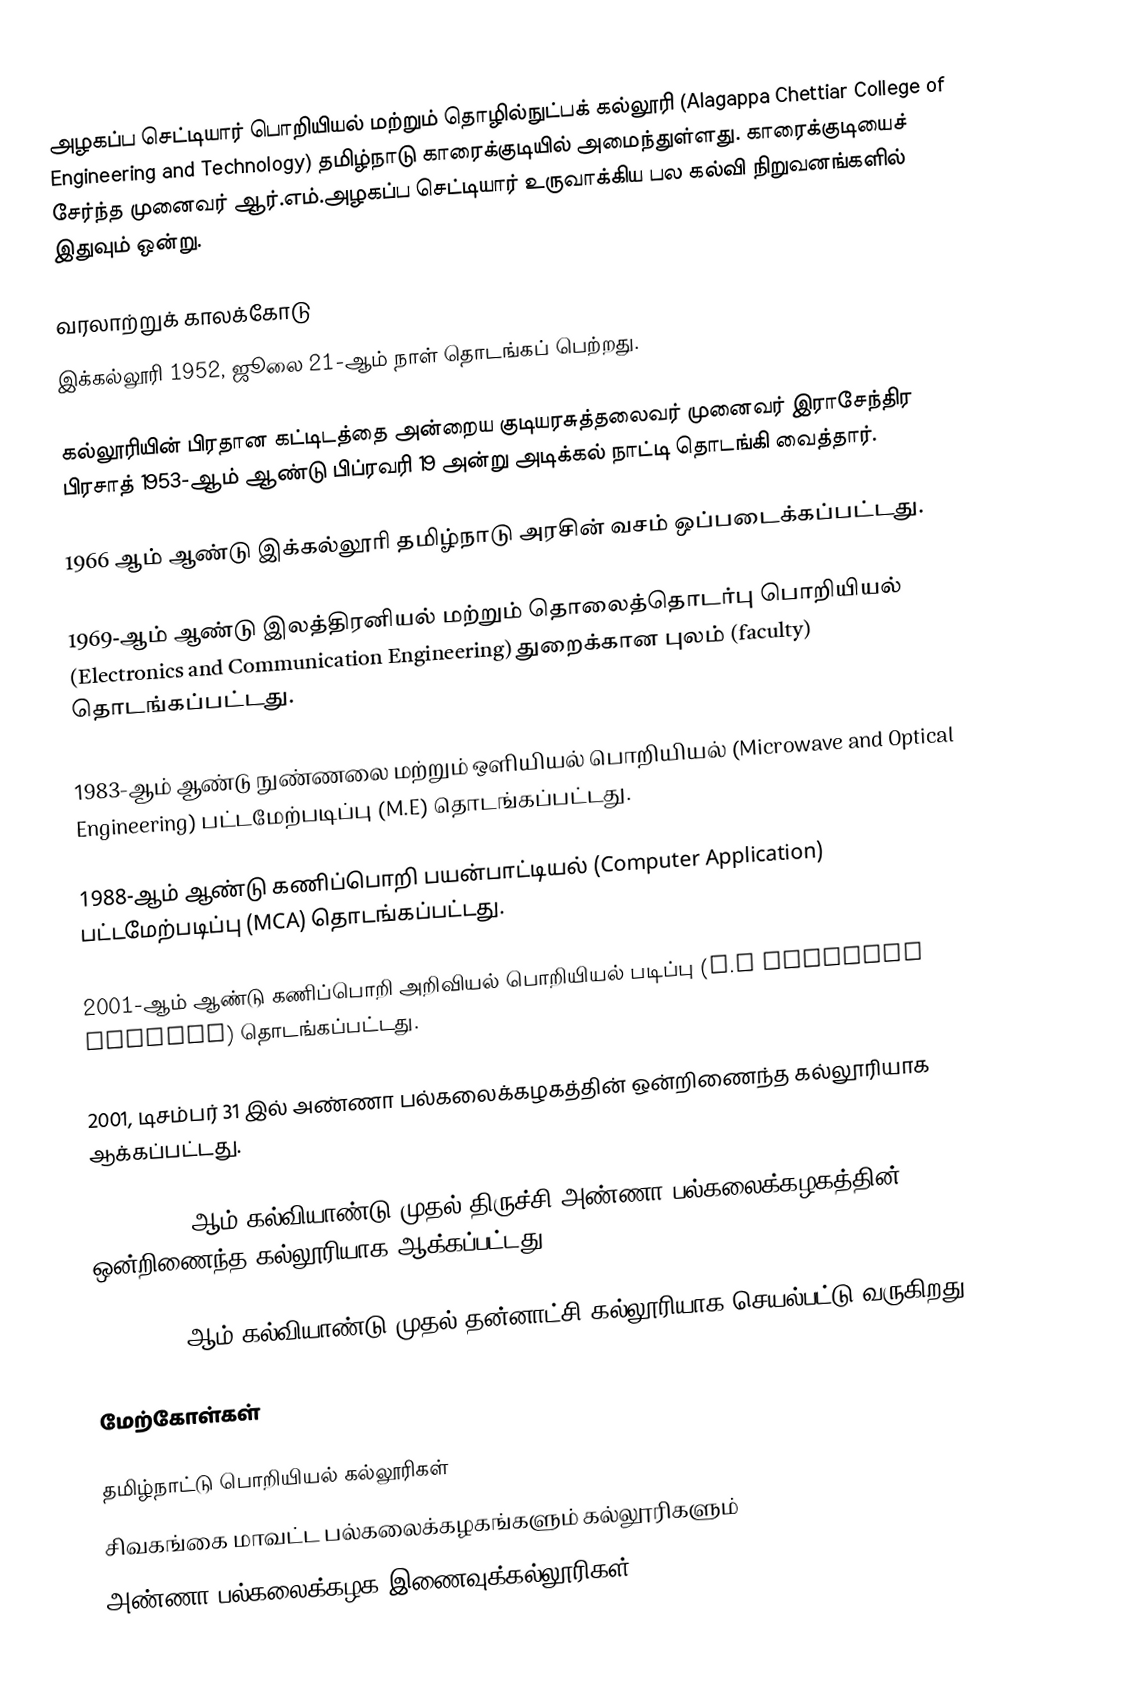
அழகப்ப செட்டியார் பொறியியல் மற்றும் தொழில்நுட்பக் கல்லூரி (Alagappa Chettiar College of Engineering and Technology) தமிழ்நாடு காரைக்குடியில் அமைந்துள்ளது. காரைக்குடியைச் சேர்ந்த முனைவர் ஆர்.எம்.அழகப்ப செட்டியார் உருவாக்கிய பல கல்வி நிறுவனங்களில் இதுவும் ஒன்று.

வரலாற்றுக் காலக்கோடு
இக்கல்லூரி 1952, ஜூலை 21-ஆம் நாள் தொடங்கப் பெற்றது.

கல்லூரியின் பிரதான கட்டிடத்தை அன்றைய குடியரசுத்தலைவர் முனைவர் இராசேந்திர பிரசாத் 1953-ஆம் ஆண்டு பிப்ரவரி 19 அன்று அடிக்கல் நாட்டி தொடங்கி வைத்தார்.

1966 ஆம் ஆண்டு இக்கல்லூரி தமிழ்நாடு அரசின் வசம் ஒப்படைக்கப்பட்டது.

1969-ஆம் ஆண்டு இலத்திரனியல் மற்றும் தொலைத்தொடர்பு பொறியியல் (Electronics and Communication Engineering) துறைக்கான புலம் (faculty) தொடங்கப்பட்டது.

1983-ஆம் ஆண்டு நுண்ணலை மற்றும் ஒளியியல் பொறியியல் (Microwave and Optical Engineering) பட்டமேற்படிப்பு (M.E) தொடங்கப்பட்டது.

1988-ஆம் ஆண்டு கணிப்பொறி பயன்பாட்டியல் (Computer Application) பட்டமேற்படிப்பு (MCA) தொடங்கப்பட்டது.

2001-ஆம் ஆண்டு கணிப்பொறி அறிவியல் பொறியியல் படிப்பு (B.E Computer Science) தொடங்கப்பட்டது.

2001, டிசம்பர் 31 இல் அண்ணா பல்கலைக்கழகத்தின் ஒன்றிணைந்த கல்லூரியாக ஆக்கப்பட்டது.

2007-2008- ஆம் கல்வியாண்டு முதல் திருச்சி அண்ணா பல்கலைக்கழகத்தின் ஒன்றிணைந்த கல்லூரியாக ஆக்கப்பட்டது.

2008-2009-ஆம் கல்வியாண்டு முதல்  தன்னாட்சி கல்லூரியாக செயல்பட்டு வருகிறது.

மேற்கோள்கள்

தமிழ்நாட்டு பொறியியல் கல்லூரிகள்
சிவகங்கை மாவட்ட பல்கலைக்கழகங்களும் கல்லூரிகளும்
அண்ணா பல்கலைக்கழக இணைவுக்கல்லூரிகள்